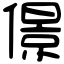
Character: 𠎠